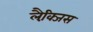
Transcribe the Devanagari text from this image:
लैक्जि़स